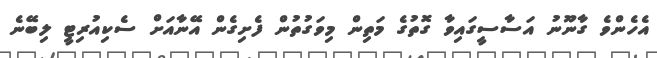
އެހެންވެ ގާނޫނު އަސާސީގައިވާ ގޮތުގެ މަތިން މިވަގުތުން ފެށިގެން އޭނާއަށް ސެކިއުރިޓީ ލިބޭނެ